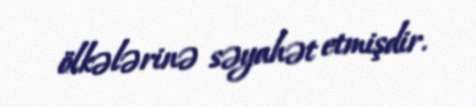
ölkələrinə səyahət etmişdir.